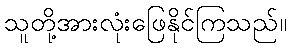
သူတို့အားလုံးဖြေနိုင်ကြသည်။